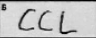
Transcription: CCL